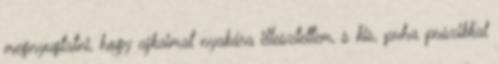
megnyugtatni, hogy ajkaimat nyakára illesztettem, s kis, puha puszikkal